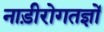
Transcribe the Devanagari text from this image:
नाड़ीरोगतज्ञों